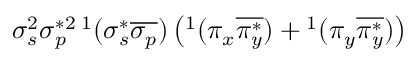
\sigma _ { s } ^ { 2 } \sigma _ { p } ^ { * 2 } { } \, ^ { 1 } ( \sigma _ { s } ^ { * } \overline { { \sigma _ { p } } } ) \left( ^ 1 ( \pi _ { x } \overline { { \pi _ { y } ^ { * } } } ) + { } ^ { 1 } ( \pi _ { y } \overline { { \pi _ { y } ^ { * } } } ) \right)